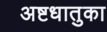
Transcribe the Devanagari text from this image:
अष्टधातुका